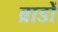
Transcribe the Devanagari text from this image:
ब्राडों